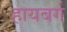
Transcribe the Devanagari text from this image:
हायबर्ग